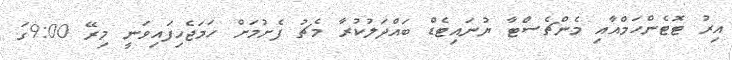
އިރު ޓޮޓެންހަމްއާއި މެންޗެސްޓާ ޔުނައިޓެޑް ބައްދަލުކުރާ މެޗު ފެށުމަށް ހަމަޖެހިފައިވަނީ މިރޭ 9:00ގަ